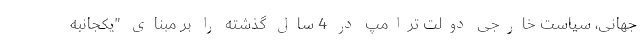
جهانی، سیاست خارجی دولت ترامپ در 4 سال گذشته را بر مبنای "یکجانبه